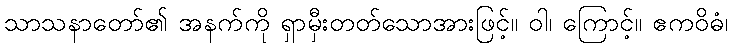
သာသနာတော်၏ အနက်ကို ရှာမှီးတတ်သောအားဖြင့်။ ဝါ၊ ကြောင့်။ ဧကဝိဓံ၊